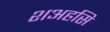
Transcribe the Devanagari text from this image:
शअहसि